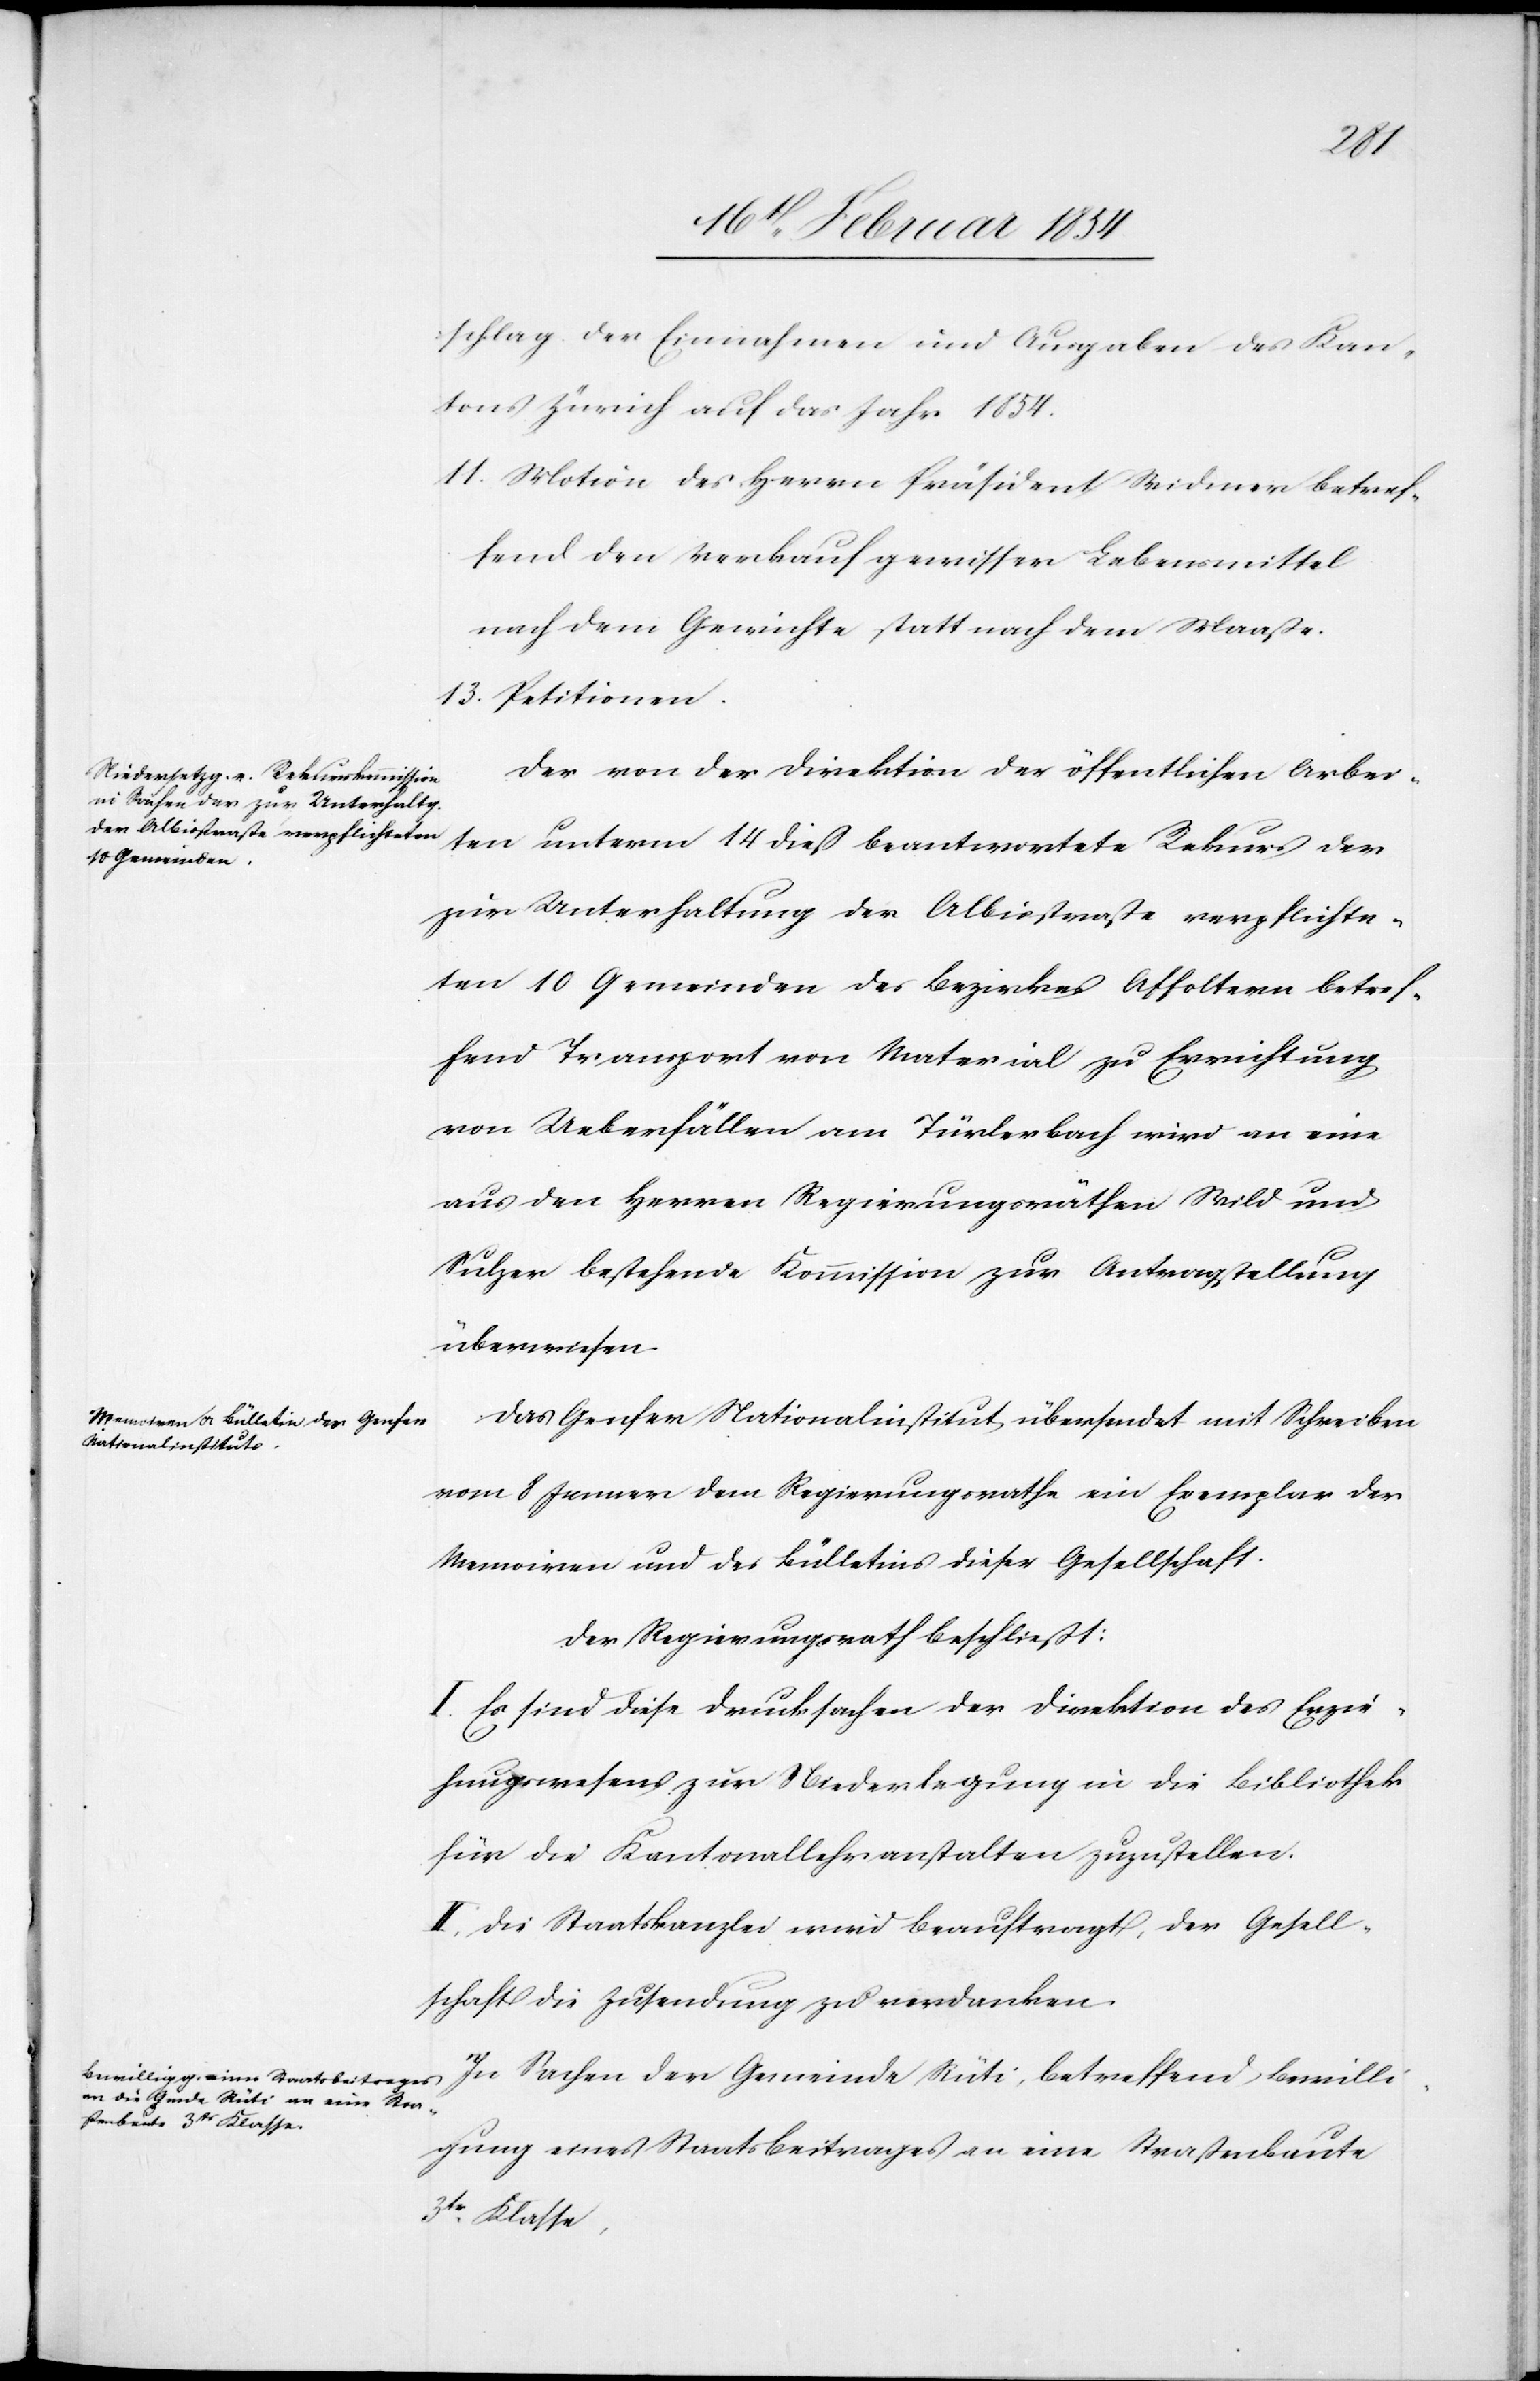
schlag der Einnahmen und Ausgaben des Kan¬
tons Zürich auf das Jahr 1854.
11. Motion des Herrn Präsident Widmer betref¬
fend den Verkauf gewisser Lebensmittel
nach dem Gewichte statt nach dem Maaße.
13. Petitionen.
Der von der Direktion der öffentlichen Arbei¬
ten unterm 14 dieß beantwortete Rekurs der
zur Unterhaltung der Albisstraße verpflichte¬
ten 10 Gemeinden des Bezirkes Affoltern betref¬
fend Transport von Material zur Errichtung
von Ueberfällen am Türkerbach wird an eine
aus den Herren Regierungsräthen Wild und
Sulzer bestehende Kommission zur Antragstellung
überwiesen.
Das Genfer Nationalinstitut übersendet mit Schreiben
vom 8 Jenner dem Regierungsrathe ein Exemplar der
Memoiren und des Bülletins dieser Gesellschaft.
Der Regierungsrath beschließt:
I. Es sind diese Drucksachen der Direktion des Erzie¬
hungswesens zur Niederlegung in die Bibliothek
für die Kantonallehranstalten zuzustellen.
II. Die Staatskanzlei wird beauftragt, der Gesell¬
schaft die Zusendung zu verdanken.
In Sachen der Gemeinde Rüti, betreffend Bewilli¬
gung eines Staatsbeitrages an eine Straßenbaute
3tr Klasse,